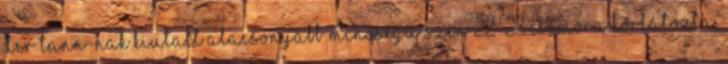
der Tann-nak kiutalt alacsonyabb minőségű szén 22-23 csomóra korlátozta.